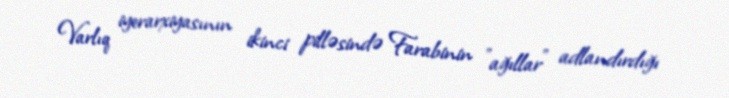
Varlıq iyerarxiyasının ikinci pilləsində Farabinin "ağıllar" adlandırdığı